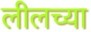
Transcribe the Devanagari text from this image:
लीलच्या